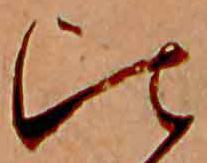
比